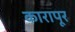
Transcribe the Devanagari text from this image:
कारापूर